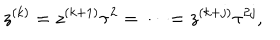
LaTeX: z ^ { ( k ) } = z ^ { ( k + 1 ) } \tau ^ { 2 } = \cdots = z ^ { ( k + j ) } \tau ^ { 2 j } ,